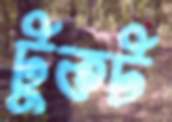
টুকট